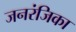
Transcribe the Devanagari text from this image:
जनरंजिका